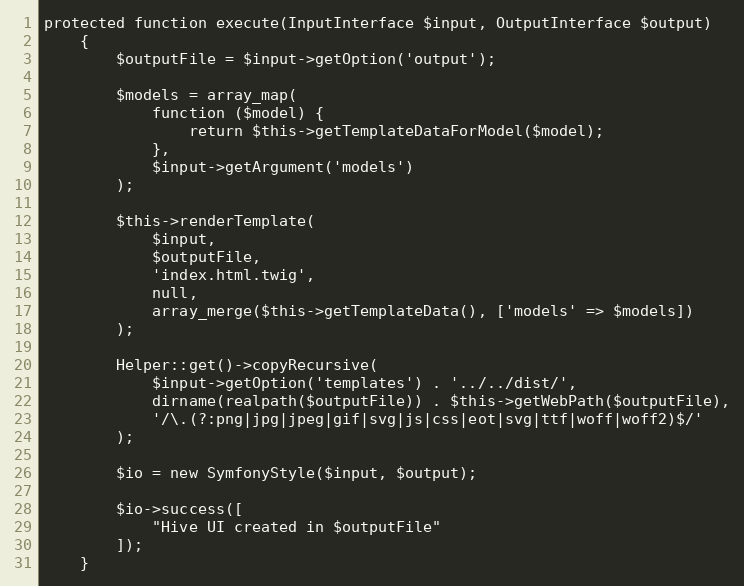
Language: PHP
protected function execute(InputInterface $input, OutputInterface $output)
    {
        $outputFile = $input->getOption('output');

        $models = array_map(
            function ($model) {
                return $this->getTemplateDataForModel($model);
            },
            $input->getArgument('models')
        );

        $this->renderTemplate(
            $input,
            $outputFile,
            'index.html.twig',
            null,
            array_merge($this->getTemplateData(), ['models' => $models])
        );

        Helper::get()->copyRecursive(
            $input->getOption('templates') . '../../dist/',
            dirname(realpath($outputFile)) . $this->getWebPath($outputFile),
            '/\.(?:png|jpg|jpeg|gif|svg|js|css|eot|svg|ttf|woff|woff2)$/'
        );

        $io = new SymfonyStyle($input, $output);

        $io->success([
            "Hive UI created in $outputFile"
        ]);
    }